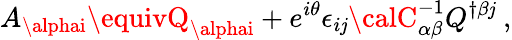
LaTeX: A_{\alphai}\equivQ_{\alphai}+e^{i\theta}\epsilon_{i\mathit{j}}{\calC}_{\alpha\beta}^{-1}Q^{\dagger\beta\mathit{j}}\ ,